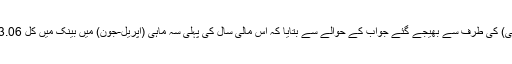
انہوں نے اپنی آر ٹی آئی عرضی پر اسٹیٹ بینک آف انڈیا (ایس بی آئی) کی طرف سے بھیجے گئے جواب کے حوالے سے بتایا کہ اس مالی سال کی پہلی سہ ماہی (اپریل-جون) میں بینک میں کل 723.06 کروڑ روپے کے بینکنگ فراڈ کے 669 معاملے سامنے آئے۔